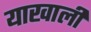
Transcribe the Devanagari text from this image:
याखाली